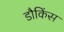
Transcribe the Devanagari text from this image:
डौकिंस